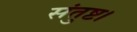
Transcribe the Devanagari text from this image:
संतुष्ट।